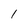
Character: 1